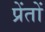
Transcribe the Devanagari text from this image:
प्रेंतों